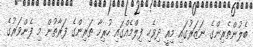
ބެލުންތެރިންގެ ނަޒަރުގައި މިއީ ދިވެހި ފިލްމެއްގައި ހުރިހާ ތަރިންގެ ފަރާތުން މި ފެންވަރުގެ